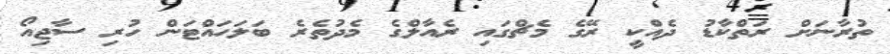
ތުރާނަށް ރަތްކާޑު ދެއްކީ ރޭގެ މެޗްގައި ރެއާލްގެ މެދުތެރެ ބަލަހައްޓަން ހުރި ސާޖިއޯ